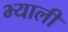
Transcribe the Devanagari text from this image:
भ्याली